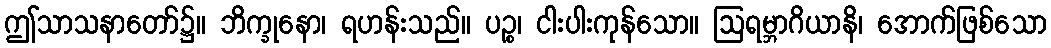
ဤသာသနာတော်၌။ ဘိက္ခုနော၊ ရဟန်းသည်။ ပဉ္စ၊ ငါးပါးကုန်သော။ ဩရမ္ဘာဂိယာနိ၊ အောက်ဖြစ်သော